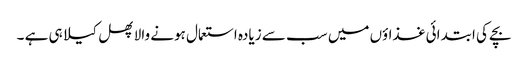
بچے کی ابتدائی غذاؤں میں سب سے زیادہ استعمال ہونے والا پھل کیلا ہی ہے ۔